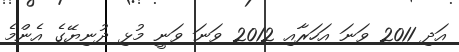
އަދި 2011 ވަނަ އަހަރާއި 2012 ވަނަ ވަނީ މުޅި ދުނިޔޭގެ އެންމެ